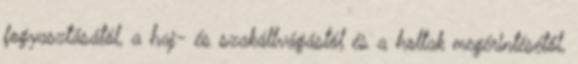
fogyasztásától, a haj- és szakállvágástól és a holtak megérintésétől,